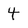
Character: 4